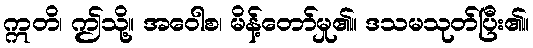
ဣတိ၊ ဤသို့။ အဝေါစ၊ မိန့်တော်မှု၏။ ဒသမသုတ်ပြီး၏။